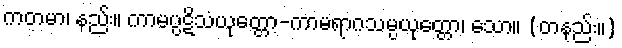
ကတမာ၊ နည်း။ ကာမပ္ပဋိသံယုတ္တော-ကာမရာဂသမ္ပယုတ္တော၊ သော။ (တနည်း။)